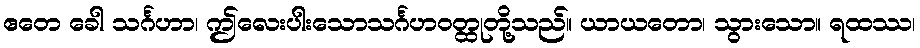
ဧတေ ခေါ သင်္ဂဟာ၊ ဤလေးပါးသောသင်္ဂဟဝတ္ထုတို့သည်။ ယာယတော၊ သွားသော။ ရထဿ၊